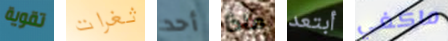
تقوية ثغرات أحد ماذا أبتعد ماكغي